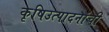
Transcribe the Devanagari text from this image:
कृषिउत्पादनांची